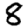
Digit: 8